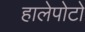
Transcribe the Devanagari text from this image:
हालेपोटो